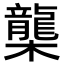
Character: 㰍